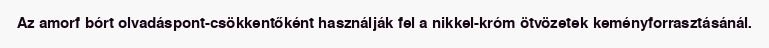
Az amorf bórt olvadáspont-csökkentőként használják fel a nikkel-króm ötvözetek keményforrasztásánál.